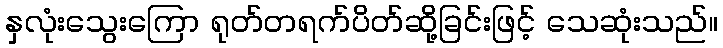
နှလုံးသွေးကြော ရုတ်တရက်ပိတ်ဆို့ခြင်းဖြင့် သေဆုံးသည်။